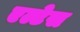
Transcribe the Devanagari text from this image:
एल्टेस